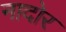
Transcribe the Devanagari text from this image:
नादोर